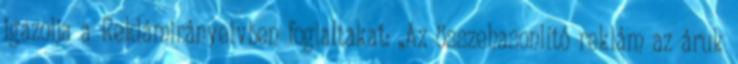
igazolja a Reklámirányelvben foglaltakat: „Az összehasonlító reklám az áruk